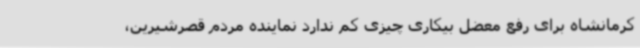
کرمانشاه برای رفع معضل بیکاری چیزی کم ندارد نماینده مردم قصرشیرین،